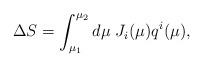
LaTeX: \begin{align*}\Delta S = \int_{\mu_1}^{\mu_2} d\mu \;J_i(\mu) q^i(\mu),\end{align*}